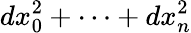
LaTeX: dx_{0}^{2}+\dots+dx_{n}^{2}